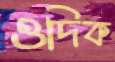
ওদিক